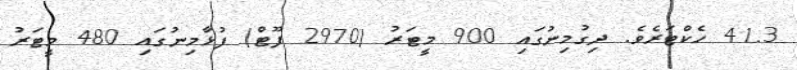
41.3 ހެކްޓަރެވެ. ދިގުމިނުގައި 900 މީޓަރު (2970 ފޫޓް) ފުޅާމިނުގައި 480 މީޓަރު